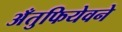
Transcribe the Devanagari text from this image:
अँतुफियेवने